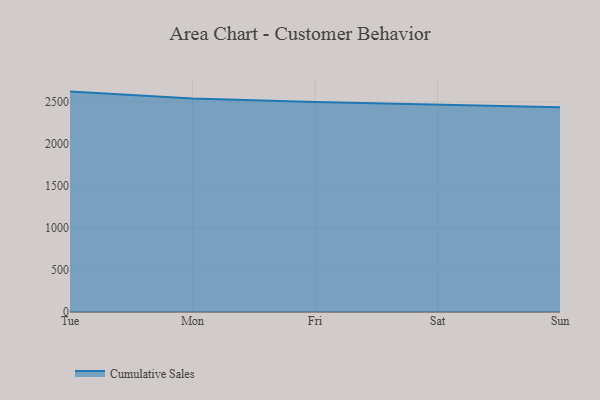
{"axis": {"x": "Day", "y": "Energy Usage (MWh)"}, "legend": ["Cumulative Sales"], "data": [{"x": "Tue", "y": 2622.8, "type": "Cumulative Sales"}, {"x": "Mon", "y": 2539.9, "type": "Cumulative Sales"}, {"x": "Fri", "y": 2499.7, "type": "Cumulative Sales"}, {"x": "Sat", "y": 2469.9, "type": "Cumulative Sales"}, {"x": "Sun", "y": 2435.3, "type": "Cumulative Sales"}]}